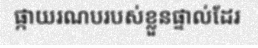
ផ្កាយរណបរបស់ខ្លួនផ្ទាល់ដែរ